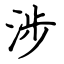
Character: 涉